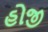
હોજી